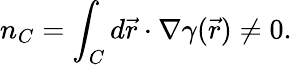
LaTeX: n_{C}=\int_{C}d\vec{r}\cdot\nabla\gamma(\vec{r})\neq 0.